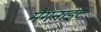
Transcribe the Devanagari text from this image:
मैगनाइट